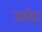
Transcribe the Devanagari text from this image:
जर्मदा